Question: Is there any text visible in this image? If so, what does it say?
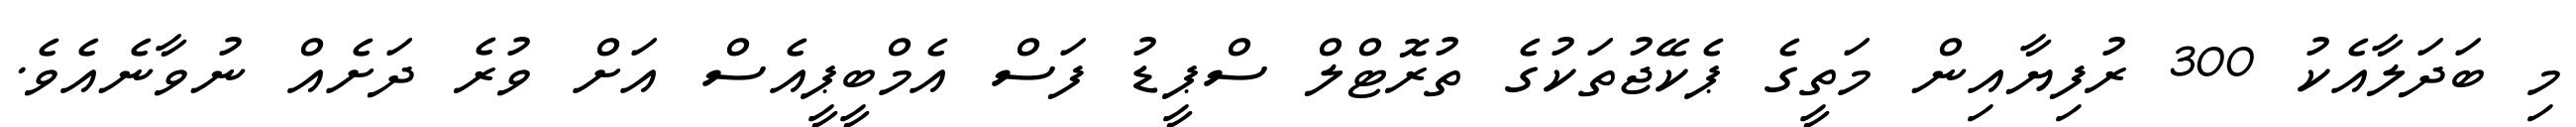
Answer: މި ބަދަލާއެކު 300 ރުފިޔާއިން މަތީގެ ޕެކޭޖުތަކުގެ ތުރޮޓްލް ސްޕީޑު ފަސް އެމްބީޕީއެސް އަށް ވުރެ ދަށެއް ނުވާނެއެވެ.